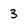
Character: 3